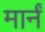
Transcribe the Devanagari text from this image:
मार्नं